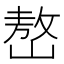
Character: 嶅